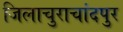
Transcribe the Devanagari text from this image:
जिलाचुराचांदपुर